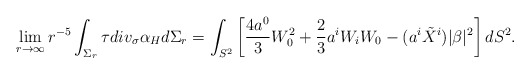
\begin{align*} \lim_{r \to \infty} r^{-5 } \int_{\Sigma_r } \tau div_{\sigma} \alpha_H d \Sigma_r = \int_{S^2} \left[\frac{4a^0}{3}W_0^2 +\frac{2}{3} a^iW_iW_0- (a^i \tilde {X}^i) |\beta|^2 \right]dS^2.\end{align*}